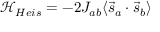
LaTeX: { \mathcal { H } } _ { H e i s } = - 2 J _ { a b } \langle { \vec { s } } _ { a } \cdot { \vec { s } } _ { b } \rangle